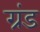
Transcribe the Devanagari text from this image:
ग्रंड